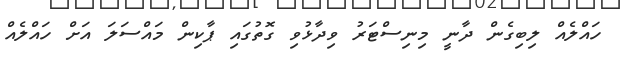
ހައްލެއް ލިބިގެން ދާނީ މިނިސްޓަރު ވިދާޅުވި ގޮތުގައި ޕާކިން މައްސަލަ އަށް ހައްލެއް